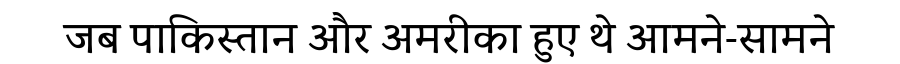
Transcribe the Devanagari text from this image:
जब पाकिस्तान और अमरीका हुए थे आमने-सामने